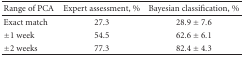
<table><thead><tr><td><b> Range of PCA</b></td><td><b>Expert assessment, %</b></td><td><b>Bayesian classification, %</b></td></tr></thead><tbody><tr><td>Exact match</td><td>27.3</td><td>28.9 ± 7.6</td></tr><tr><td>±1 week</td><td>54.5</td><td>62.6 ± 6.1</td></tr><tr><td>±2 weeks</td><td>77.3</td><td>82.4 ± 4.3</td></tr></tbody></table>